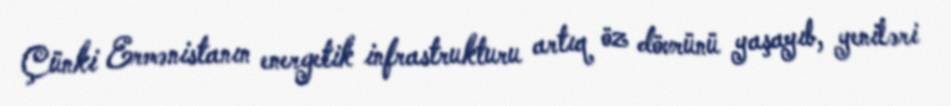
Çünki Ermənistanın energetik infrastrukturu artıq öz dövrünü yaşayıb, yeniləri